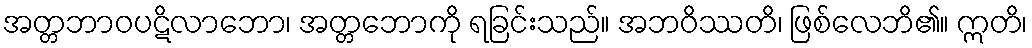
အတ္တဘာဝပဋိလာဘော၊ အတ္တဘောကို ရခြင်းသည်။ အဘဝိဿတိ၊ ဖြစ်လေဘိ၏။ ဣတိ၊